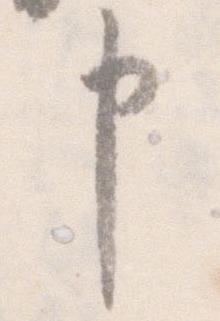
申